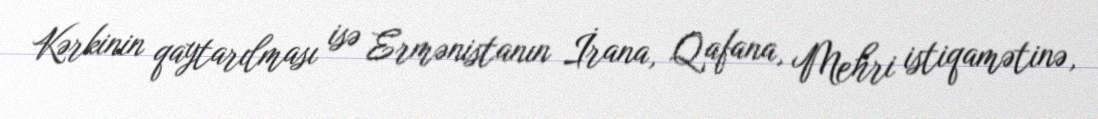
Kərkinin qaytarılması isə Ermənistanın İrana, Qafana, Mehri istiqamətinə,